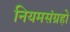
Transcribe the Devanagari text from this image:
नियमसंग्रहो